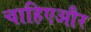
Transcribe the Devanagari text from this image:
चाहिएऔर